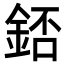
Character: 𨧆